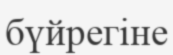
бүйрегіне